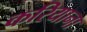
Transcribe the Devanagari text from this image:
करियाना